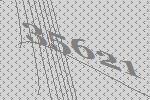
35621